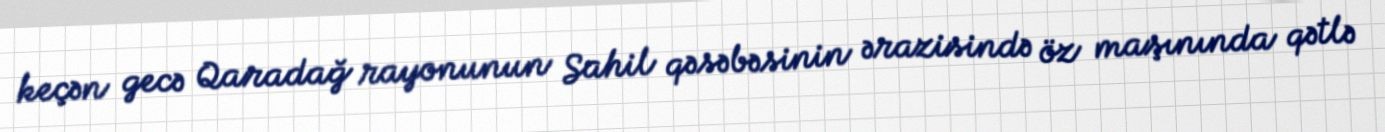
keçən gecə Qaradağ rayonunun Sahil qəsəbəsinin ərazisində öz maşınında qətlə